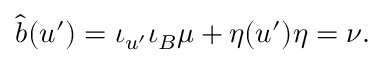
\hat { b } ( u ^ { \prime } ) = \iota _ { u ^ { \prime } } \iota _ { B } \mu + \eta ( u ^ { \prime } ) \eta = \nu .